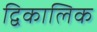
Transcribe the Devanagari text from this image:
द्विकालिक